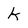
Character: k